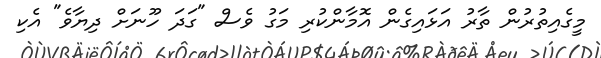
މީގެއިތުރުން ތާރު އަޅައިގެން އޮމާންކުރި މަގު ވެސް "ގަދަ ހޫނަށް ދިޔާވެ" އެކި